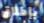
بإطلاق